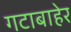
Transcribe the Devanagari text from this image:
गटाबाहेर